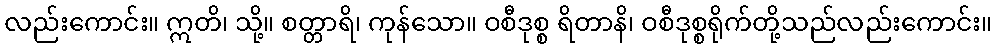
လည်းကောင်း။ ဣတိ၊ သို့။ စတ္တာရိ၊ ကုန်သော။ ဝစီဒုစ္စ ရိတာနိ၊ ဝစီဒုစ္စရိုက်တို့သည်လည်းကောင်း။